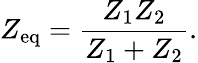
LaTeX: Z_{\mathrm{eq}}={\frac{Z_{1}Z_{2}}{Z_{1}+Z_{2}}}.